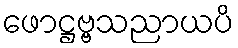
ဖောဋ္ဌဗ္ဗသညာယပိ